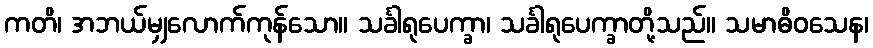
ကတိ၊ အဘယ်မျှလောက်ကုန်သော။ သင်္ခါရုပေက္ခာ၊ သင်္ခါရုပေက္ခာတို့သည်။ သမာဓိဝသေန၊